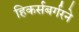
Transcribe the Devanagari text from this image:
हिकर्सबर्गरने